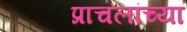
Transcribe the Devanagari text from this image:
प्राचलांच्या